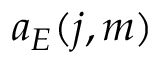
a _ { E } ( j , m )